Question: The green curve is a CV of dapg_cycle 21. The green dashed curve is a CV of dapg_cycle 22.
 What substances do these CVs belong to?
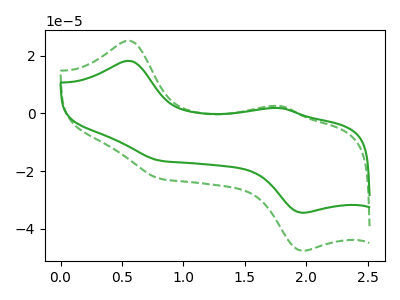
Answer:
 <answer>The green curve is labeled "dapg_cycle 21". The green dashed curve is labeled "dapg_cycle 22".</answer>
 <eval></eval>